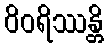
ဝိဝရိဿန္တိ